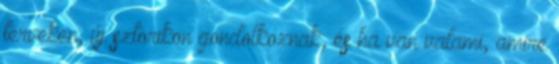
terveken, új sztorikon gondolkoznak, és ha van valami, amire